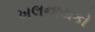
ખલનાયકો